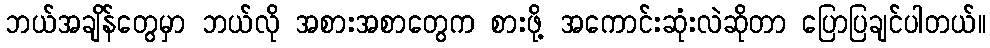
ဘယ်အချိန်တွေမှာ ဘယ်လို အစားအစာတွေက စားဖို့ အကောင်းဆုံးလဲဆိုတာ ပြောပြချင်ပါတယ်။